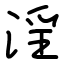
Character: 淫